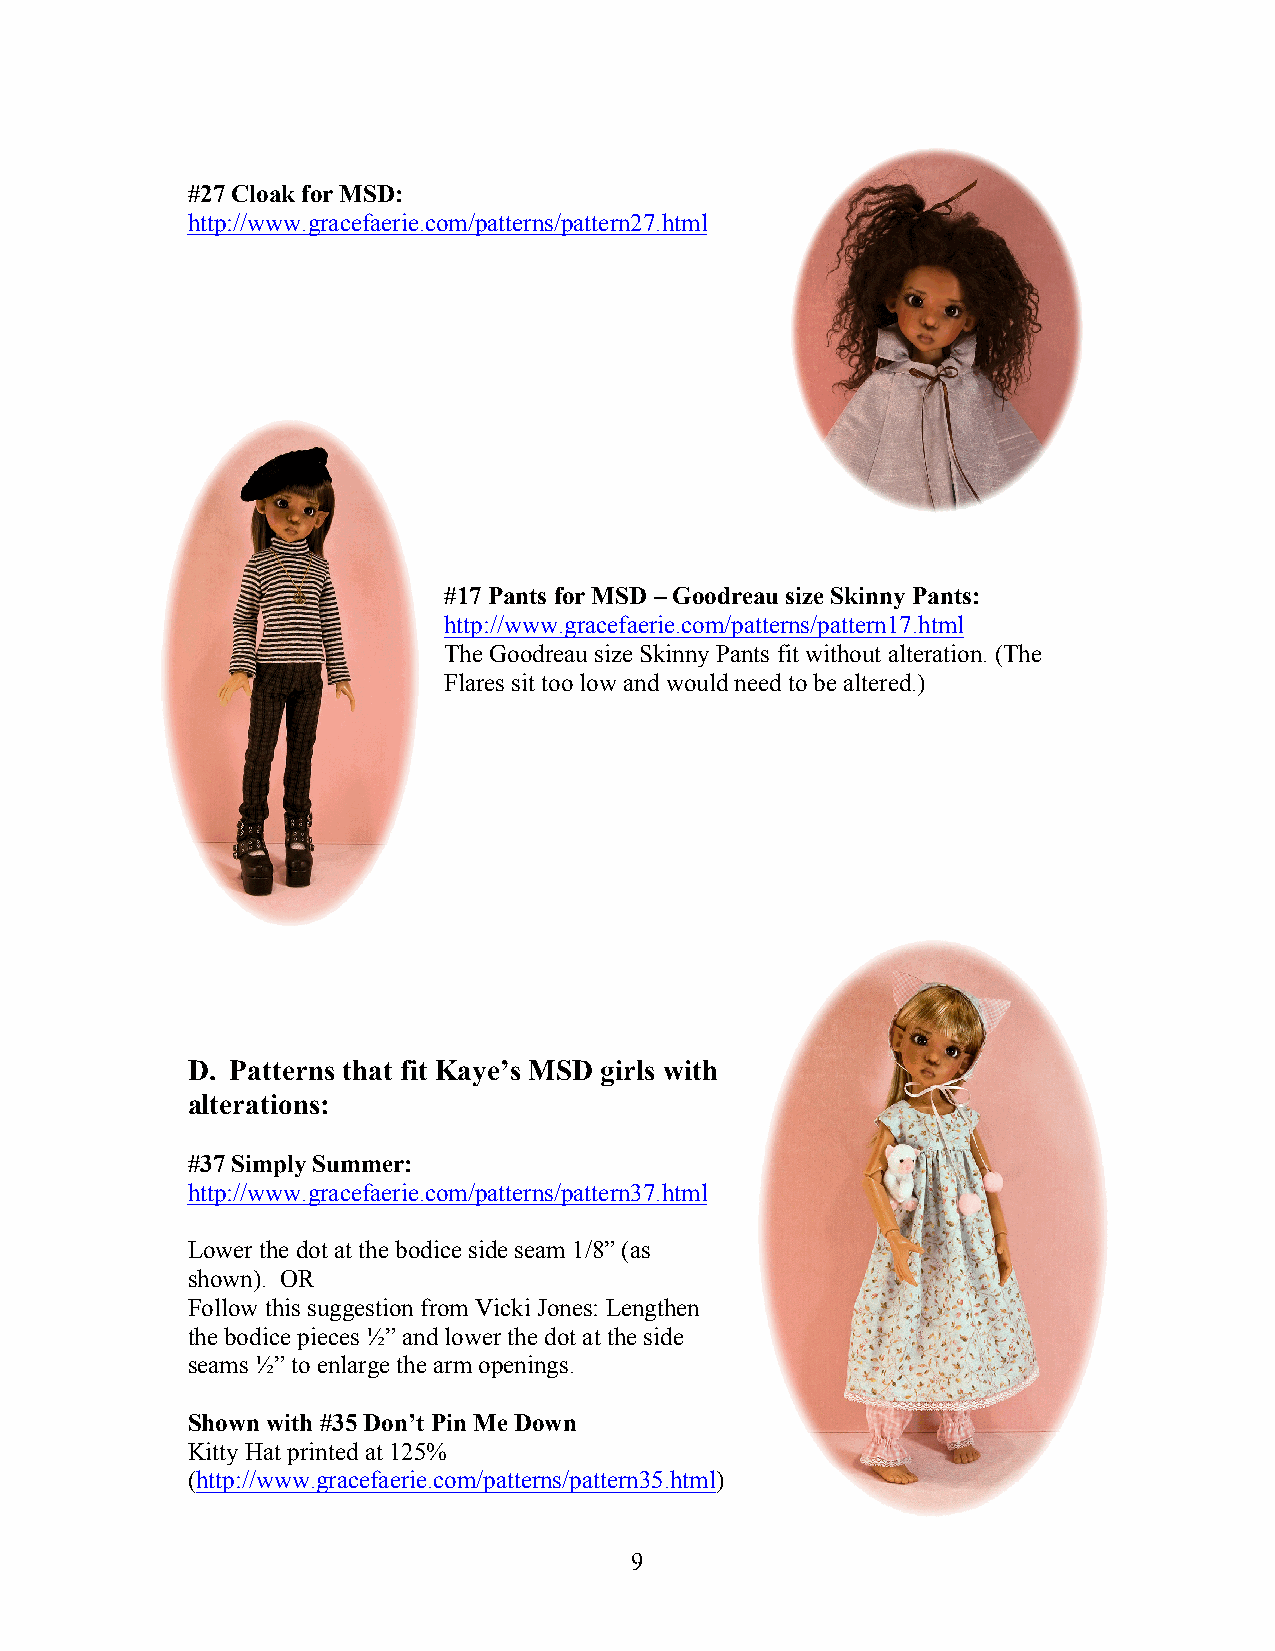
#27 Cloak for MSD:
 http://www.gracefaerie.com/patterns/pattern27.html
 #17 Pants for MSD – Goodreau size Skinny Pants:
 http://www.gracefaerie.com/patterns/pattern17.html
 The Goodreau size Skinny Pants fit without alteration. (The
 Flares sit too low and would need to be altered.)
 D. Patterns that fit Kaye’s MSD girls with
 alterations:
 #37 Simply Summer:
 http://www.gracefaerie.com/patterns/pattern37.html
 Lower the dot at the bodice side seam 1/8” (as
 shown). OR
 Follow this suggestion from Vicki Jones: Lengthen
 the bodice pieces ½” and lower the dot at the side
 seams ½” to enlarge the arm openings.
 Shown with #35 Don’t Pin Me Down
 Kitty Hat printed at 125%
 (http://www.gracefaerie.com/patterns/pattern35.html)
 9